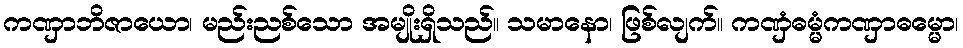
ကဏှာဘိဇာယော၊ မည်းညစ်သော အမျိုးရှိသည်။ သမာနော၊ ဖြစ်လျက်။ ကဏှံဓမ္မံကဏှာဓမ္မော၊